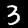
Label: 3